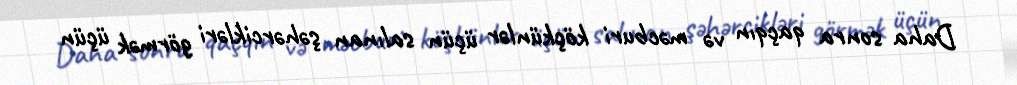
Daha sonra qaçqın və məcburi köçkünlər üçün salınan şəhərcikləri görmək üçün